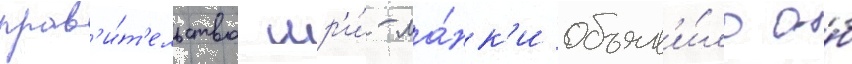
прав'и́т'ельство шр'и́-ла́нк'и объяв'и́ло о́б